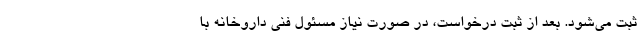
ثبت می‌شود. بعد از ثبت درخواست، در صورت نیاز مسئول فنی داروخانه با